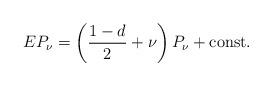
LaTeX: \begin{align*} E P_{\nu}=\left(\frac{1-d}{2}+\nu \right)P_{\nu} +\mathrm{const.}\end{align*}